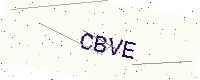
Text: CBVE